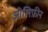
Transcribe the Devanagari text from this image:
ओलिफ़ीन